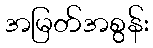
အမြတ်အစွန်း